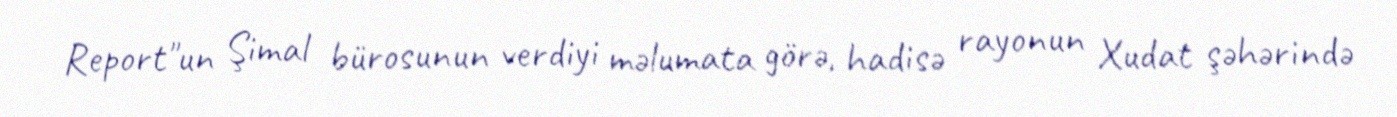
Report"un Şimal bürosunun verdiyi məlumata görə, hadisə rayonun Xudat şəhərində